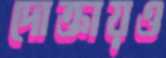
দোক্তায়ও